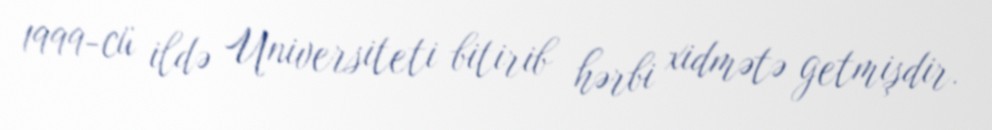
1999-cü ildə Universiteti bitirib hərbi xidmətə getmişdir.